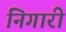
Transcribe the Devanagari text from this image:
निगारी